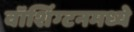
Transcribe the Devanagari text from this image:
वॉशिंग्टनमध्ये